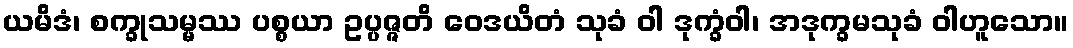
ယမိဒံ၊ စက္ခုသမ္မဿ ပစ္စယာ ဥပ္ပဇ္ဇတိ ဝေဒယိတံ သုခံ ဝါ ဒုက္ခံဝါ၊ အဒုက္ခမသုခံ ဝါဟူသော။